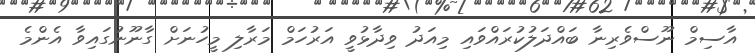
އާސިމް ނޫސްވެރިނާ ބައްދަލުކުރައްވައި މިއަދު ވިދާޅުވީ އަރުހަމް މަރާލި މީހުނަށް ގާނޫނުގައިވާ އެންމެ